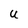
Character: U